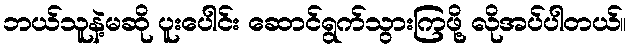
ဘယ်သူနဲ့မဆို ပူးပေါင်း ဆောင်ရွက်သွားကြဖို့ လိုအပ်ပါတယ်။